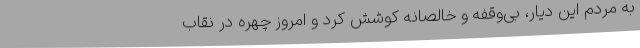
به مردم این دیار، بی‌وقفه و خالصانه کوشش کرد و امروز چهره در نقاب